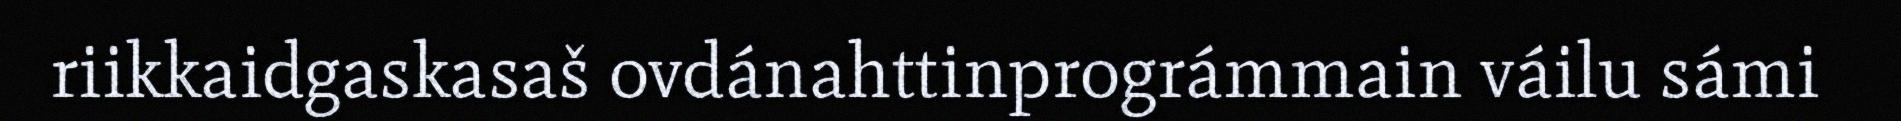
riikkaidgaskasaš ovdánahttinprográmmain váilu sámi